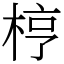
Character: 梈